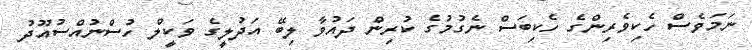
ނަމަވެސް ހެކިވެރިންގެ ހެކިބަސް ނެގުމުގެ ކުރިން ދައުވާ ލިބޭ އަދުލީގެ ވަކީލް ހުސްނުއްސުއޫދު